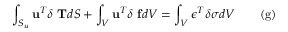
\int _ { S _ { u } } \mathbf { u } ^ { T } \delta \ \mathbf { T } d S + \int _ { V } \mathbf { u } ^ { T } \delta \ \mathbf { f } d V = \int _ { V } { \boldsymbol { \epsilon } } ^ { T } \delta { \boldsymbol { \sigma } } d V \qquad \mathrm { ( g ) }